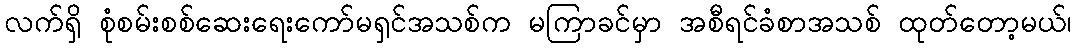
လက်ရှိ စုံစမ်းစစ်ဆေးရေးကော်မရှင်အသစ်က မကြာခင်မှာ အစီရင်ခံစာအသစ် ထုတ်တော့မယ်၊